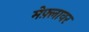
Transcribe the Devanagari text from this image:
मेफ़्लावर